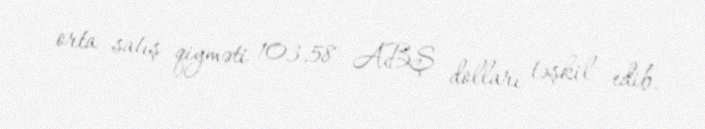
orta satış qiyməti 103,58 ABŞ dolları təşkil edib.